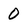
Character: 0